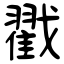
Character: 戳